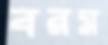
বরম